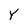
Character: Y